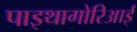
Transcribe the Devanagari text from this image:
पाइथागोरिआई